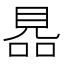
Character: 𧠮